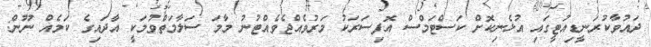
ދައުވާކުރަނީޑިއުޓީގައި އުޅެނިކޮށް ކަސްޓަމްސް އޮފިސަރަކު މަރުވެއްޖެވެއްޓުނު މާމަ ސަލާމަތްވުމަކީ އާދައިގެ ކަމެއް ނޫން: